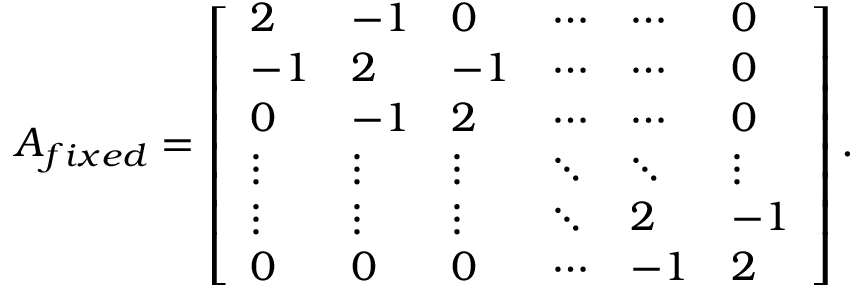
A _ { f i x e d } = \left[ \begin{array} { l l l l l l } { 2 } & { - 1 } & { 0 } & { \cdots } & { \cdots } & { 0 } \\ { - 1 } & { 2 } & { - 1 } & { \cdots } & { \cdots } & { 0 } \\ { 0 } & { - 1 } & { 2 } & { \cdots } & { \cdots } & { 0 } \\ { \vdots } & { \vdots } & { \vdots } & { \ddots } & { \ddots } & { \vdots } \\ { \vdots } & { \vdots } & { \vdots } & { \ddots } & { 2 } & { - 1 } \\ { 0 } & { 0 } & { 0 } & { \cdots } & { - 1 } & { 2 } \end{array} \right] .